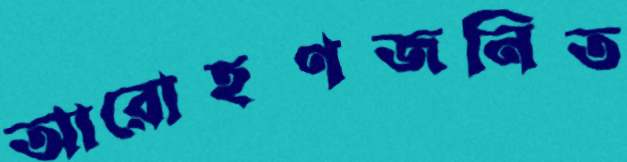
আরোহণজনিত